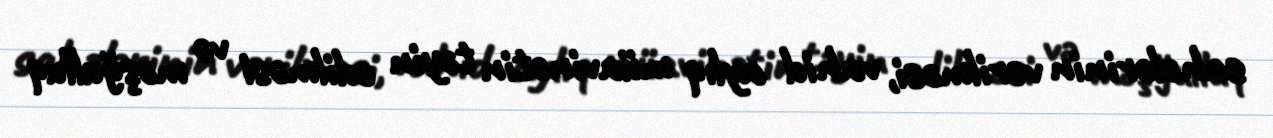
sahələrinin verilməsi, vahid aylıq müavinətin təyin edilməsi və məşğulluq